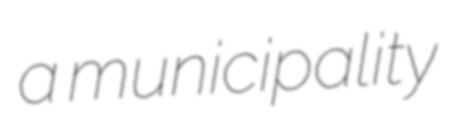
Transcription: a municipality